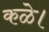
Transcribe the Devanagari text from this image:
कळे।